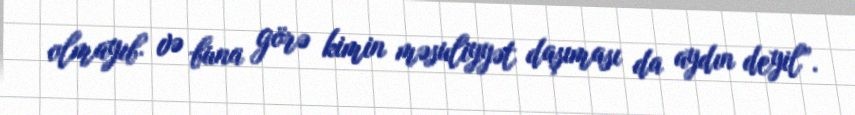
olmayıb və buna görə kimin məsuliyyət daşıması da aydın deyil”.